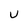
Character: u